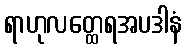
ရာဟုလတ္ထေရအပဒါနံ